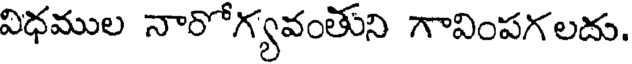
విధముల నారోగ్యవంతుని గావింపగలదు.